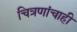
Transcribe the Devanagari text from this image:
चित्रणांचाही